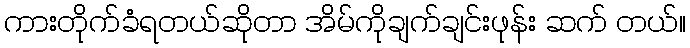
ကားတိုက်ခံရတယ်ဆိုတာ အိမ်ကိုချက်ချင်းဖုန်း ဆက် တယ်။